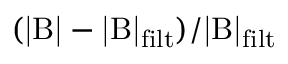
\mathrm { ( | B | - | B | _ { f i l t } ) / | B | _ { f i l t } }